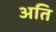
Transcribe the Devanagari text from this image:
अति